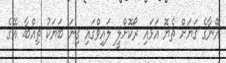
އޭނާގެ ގަޔަށް ތެޔޮ އަޅައި ރޯކޮށްލީ ލައިވްގައި ގިނަ ބަޔަކު ތިއްބާ. އޭގެ